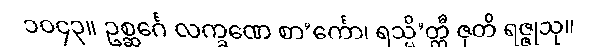
၁၀၄၃။ ဥစ္ဆင်္ဂေ လက္ခဏေ စာ’င်္ကော၊ ရသ္မိ’တ္ထီ ဇုတိ ရဇ္ဇုသု။